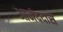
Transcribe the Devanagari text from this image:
आनंददास